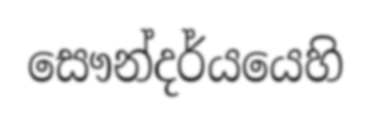
සෞන්දර්යයෙහි